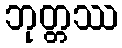
ဘုတ္တဿ